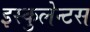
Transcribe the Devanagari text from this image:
इस्कुलेन्टस